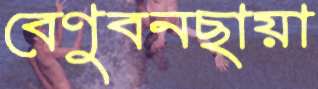
বেণুবনছায়া